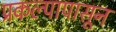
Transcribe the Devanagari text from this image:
प्रकल्पापासून